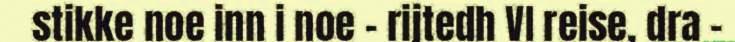
stikke noe inn i noe - rijtedh VI reise, dra -